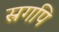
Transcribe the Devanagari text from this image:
स्रगपि